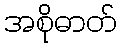
အစိုဓာတ်